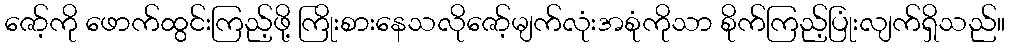
ဇော့်ကို ဖောက်ထွင်းကြည့်ဖို့ ကြိုးစားနေသလိုဇော့်မျက်လုံးအစုံကိုသာ စိုက်ကြည့်ပြုံးလျက်ရှိသည်။